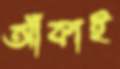
আঁকাই